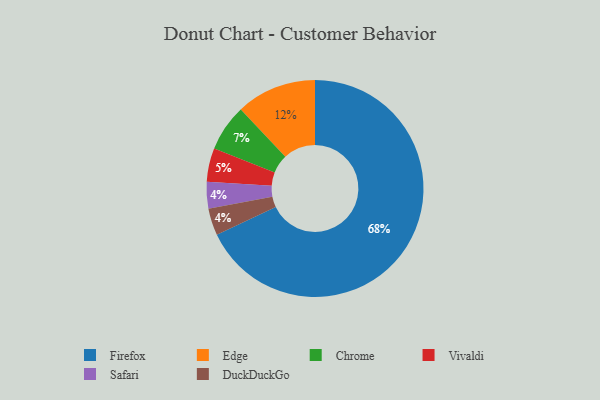
{"axis": {"x": "Category", "y": "Percentage"}, "legend": ["Chrome", "DuckDuckGo", "Edge", "Firefox", "Safari", "Vivaldi"], "data": [{"x": "Safari", "y": 4, "type": "Safari"}, {"x": "DuckDuckGo", "y": 4, "type": "DuckDuckGo"}, {"x": "Vivaldi", "y": 5, "type": "Vivaldi"}, {"x": "Chrome", "y": 7, "type": "Chrome"}, {"x": "Firefox", "y": 68, "type": "Firefox"}, {"x": "Edge", "y": 12, "type": "Edge"}]}